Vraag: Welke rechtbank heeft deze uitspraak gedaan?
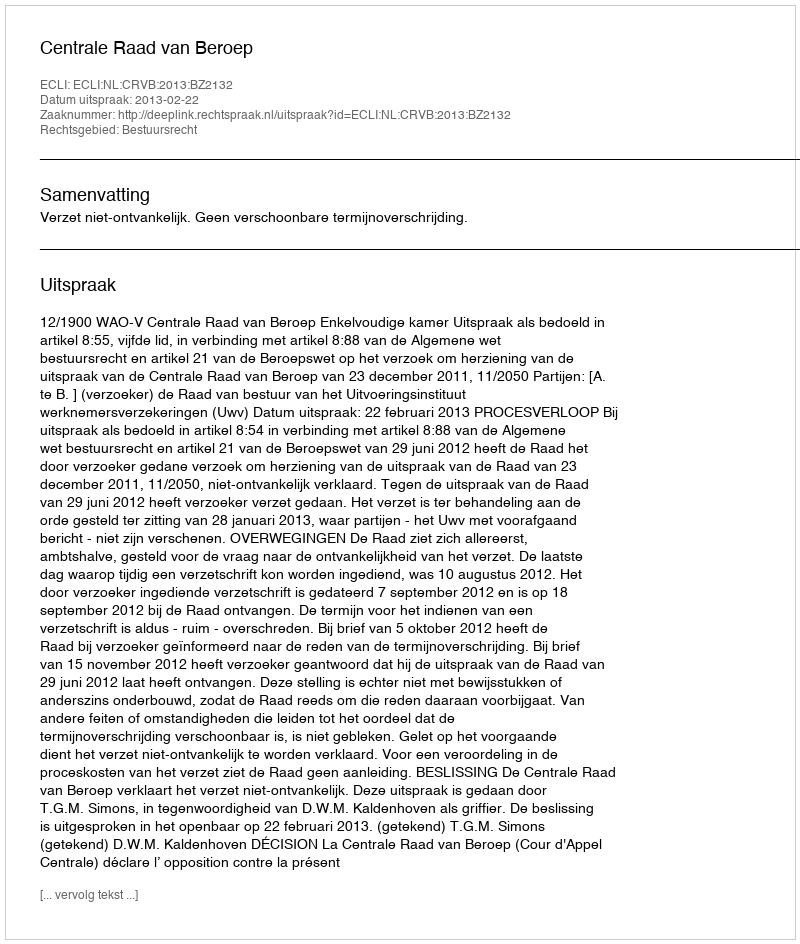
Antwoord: Centrale Raad van Beroep